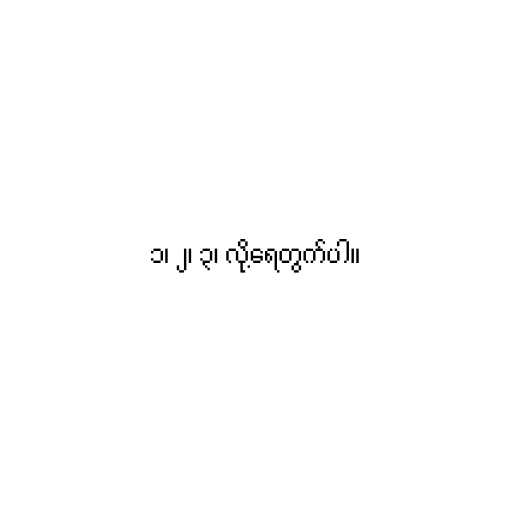
၁၊ ၂၊ ၃၊ လို့ရေတွက်ပါ။